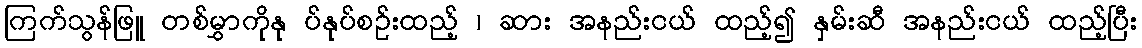
ကြက်သွန်ဖြူ တစ်မွှာကိုနု ပ်နုပ်စဉ်းထည့် ၊ ဆား အနည်းငယ် ထည့်၍ နှမ်းဆီ အနည်းငယ် ထည့်ပြီး